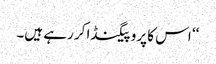
‘‘ اس کا پروپیگنڈا کر رہے ہیں۔